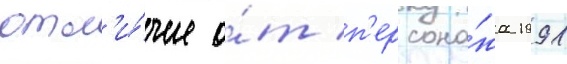
отл'и́чие о́т п'ерсона́жа 1991